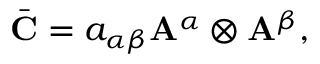
\begin{array} { r } { \bar { \bf { C } } = { a } _ { \alpha \beta } { \bf { A } } ^ { \alpha } \otimes { \bf { A } } ^ { \beta } , } \end{array}